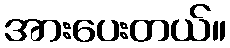
အားပေးတယ်။